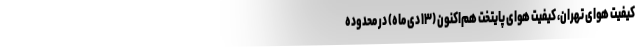
کیفیت هوای تهران، کیفیت هوای پایتخت هم‌اکنون (۱۳ دی ماه) در محدوده